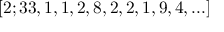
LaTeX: [ 2 ; 3 3 , 1 , 1 , 2 , 8 , 2 , 2 , 1 , 9 , 4 , . . . ]